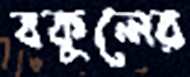
বকুলের